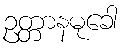
ဥတ္တာနမုခေါ